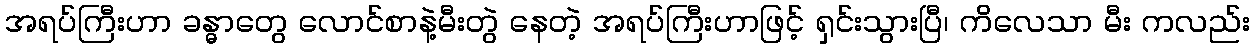
အရပ်ကြီးဟာ ခန္ဓာတွေ လောင်စာနဲ့မီးတွဲ နေတဲ့ အရပ်ကြီးဟာဖြင့် ရှင်းသွားပြီ၊ ကိလေသာ မီး ကလည်း